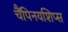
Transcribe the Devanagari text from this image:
चैंपिनयशिप्स